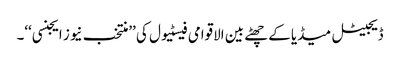
ڈیجیٹل میڈیا کے چھٹے بین الاقوامی فیسٹیول کی ’’منتخب نیوز ایجنسی‘‘۔